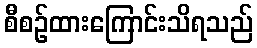
စီစဉ်ထားကြောင်းသိရသည်